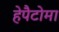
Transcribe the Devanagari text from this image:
हेपैटोमा